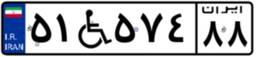
۵۱W۱۵۰۶۸